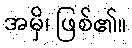
အမှိ၊ ဖြစ်၏။